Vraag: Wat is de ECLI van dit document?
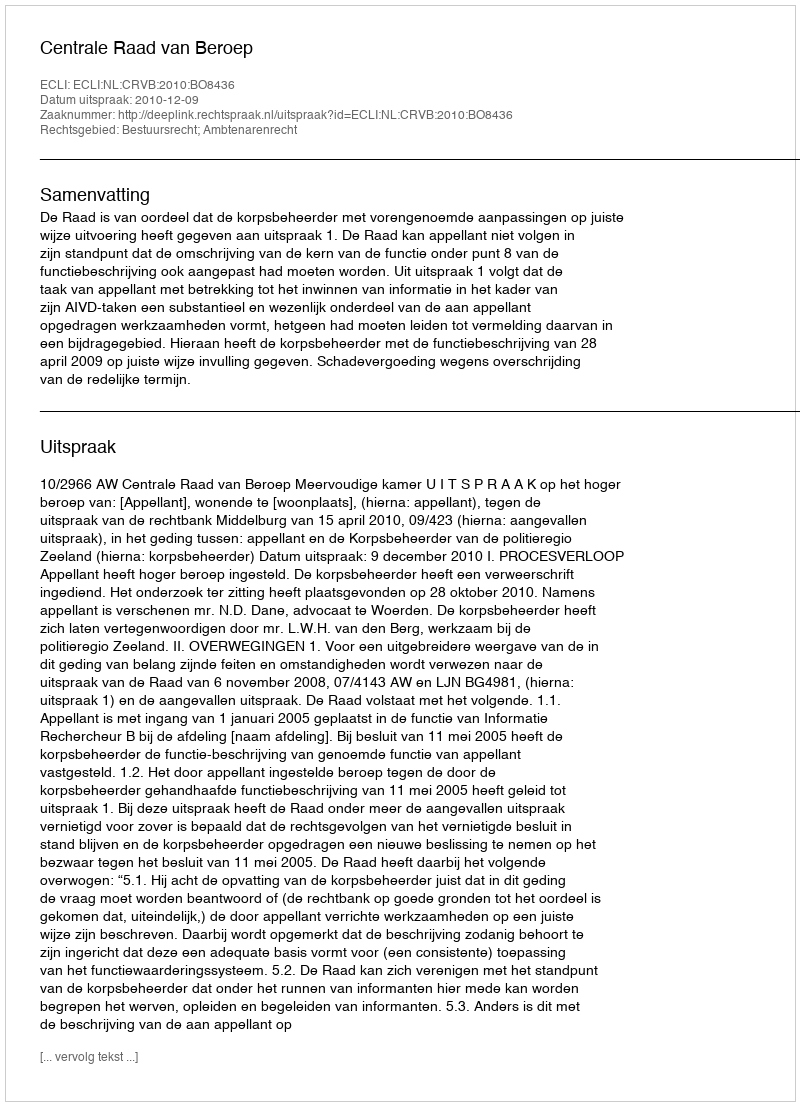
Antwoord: ECLI:NL:CRVB:2010:BO8436